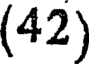
(42)